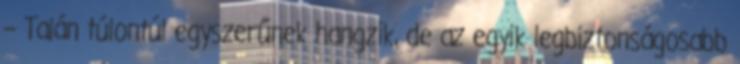
– Talán túlontúl egyszerűnek hangzik, de az egyik legbiztonságosabb